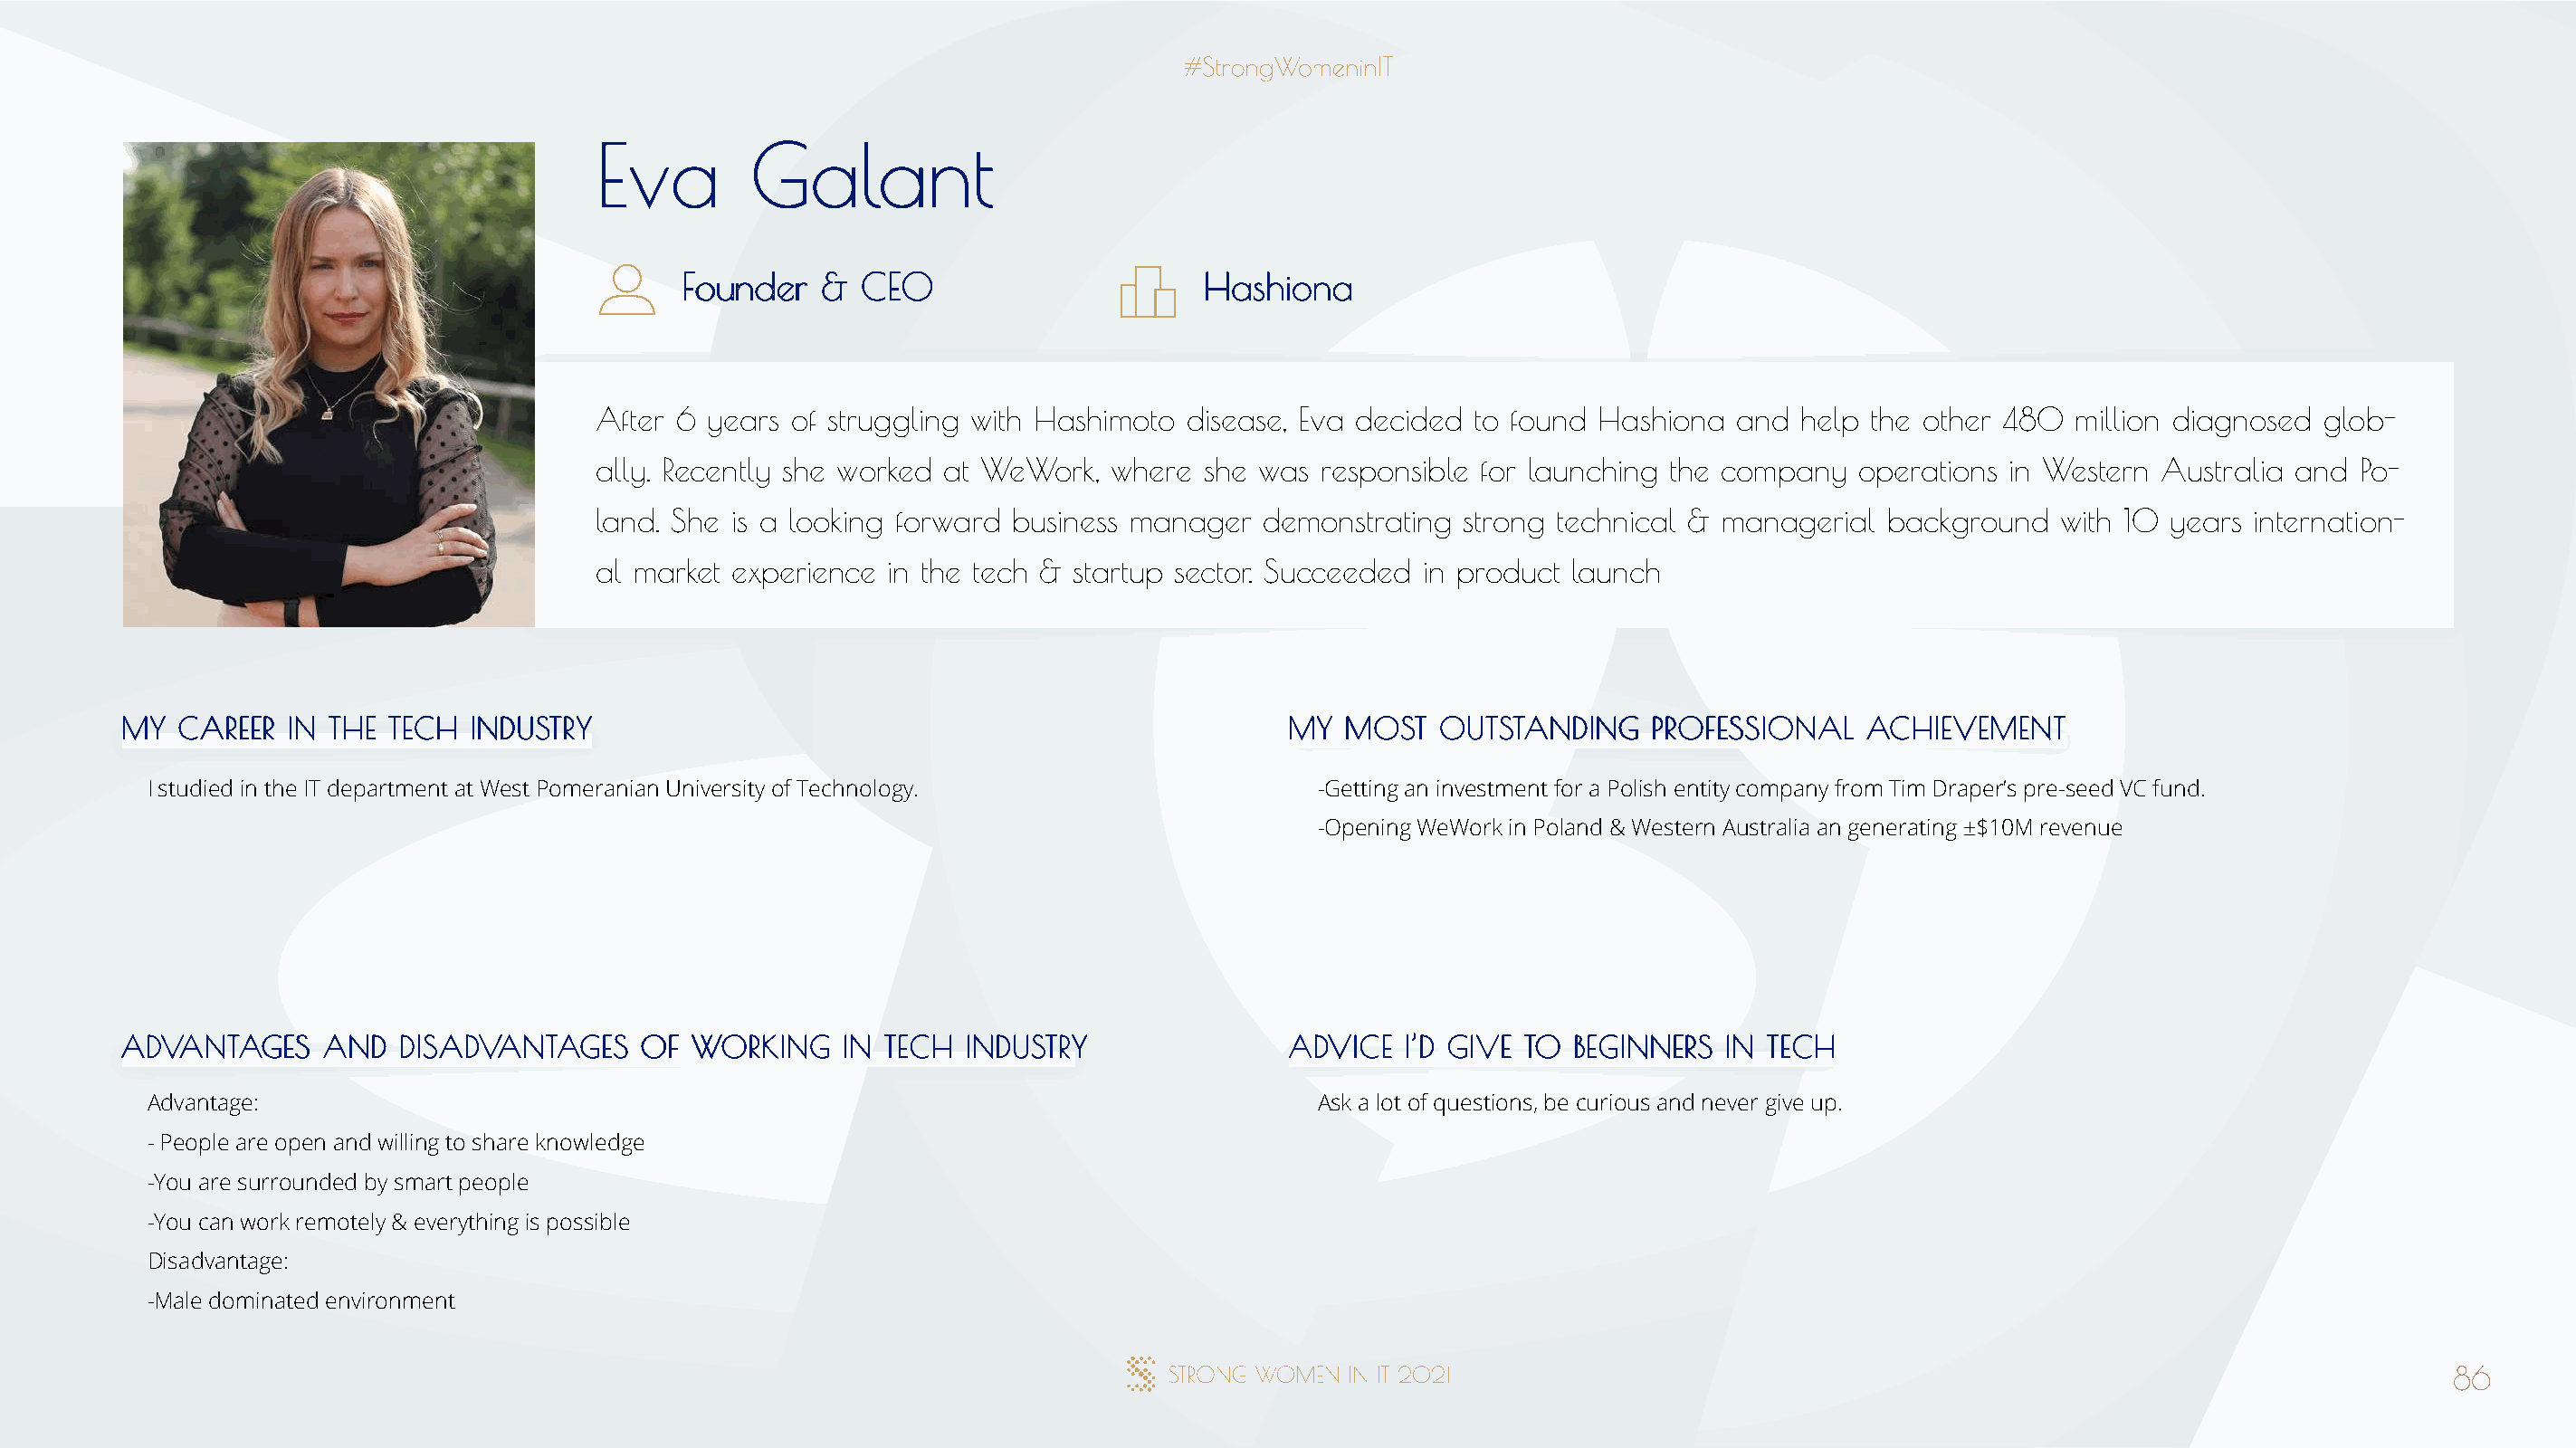
EEvvaa     GGaallaanntt
 FFoouunnddeerr && CCEEOO              HHaasshhiioonnaa
 After 6 years of struggling with Hashimoto disease, Eva decided to found Hashiona  and  help the other 480  million diagnosed glob-
 ally. Recently she worked at WeWork, where  she was  responsible for launching the company  operations in Western Australia and  Po-
 land. She is a looking forward business manager demonstrating  strong technical & managerial  background   with 10 years internation-
 al market experience in the tech & startup sector. Succeeded in product launch
 MMYY CCAARREEEERR IINN TTHHEE TTEECCHH IINNDDUUSSTTRRYY                              MMYY MMOOSSTT OOUUTTSSTTAANNDDIINNGG PPRROOFFEESSSSIIOONNAALL AACCHHIIEEVVEEMMEENNTT
 I studied in the IT department at West Pomeranian University of Technology.          -Getting an investment for a Polish entity company from Tim Draper’s pre-seed VC fund.
 -Opening WeWork in Poland & Western Australia an generating ±$10M revenue
 AADDVVAANNTTAAGGEESS AANNDD DDIISSAADDVVAANNTTAAGGEESS OOFF WWOORRKKIINNGG IINN TTEECCHH IINNDDUUSSTTRRYY AADDVVIICCEE II’’DD GGIIVVEE TTOO BBEEGGIINNNNEERRSS IINN TTEECCHH
 Advantage:                                                                           Ask a lot of questions, be curious and never give up.
 - People are open and willing to share knowledge
 -You are surrounded by smart people
 -You can work remotely & everything is possible
 Disadvantage:
 -Male dominated environment
 86